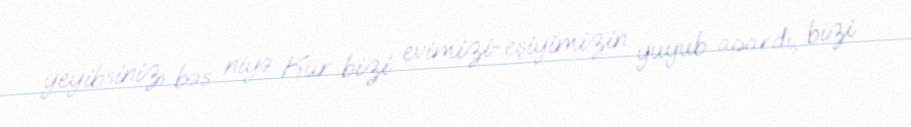
yeyibsiniz, bəs niyə Kür bizi evimizi-eşiyimizin yuyub apardı, bizi